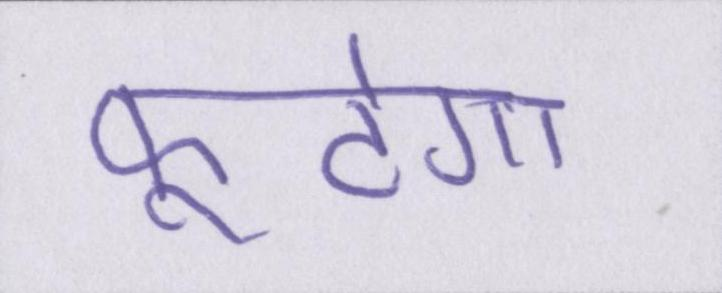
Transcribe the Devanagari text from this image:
फूटेगा